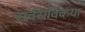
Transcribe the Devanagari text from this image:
सर्वसर्विकया